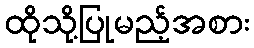
ထိုသို့ပြုမည့်အစား